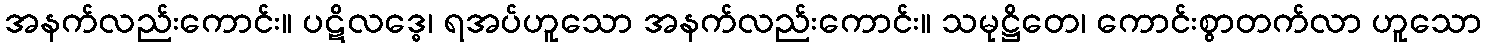
အနက်လည်းကောင်း။ ပဋိလဒ္ဓေ၊ ရအပ်ဟူသော အနက်လည်းကောင်း။ သမုဋ္ဌိတေ၊ ကောင်းစွာတက်လာ ဟူသော